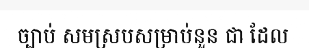
ច្បាប់ សមស្របសម្រាប់នួន ជា ដែល